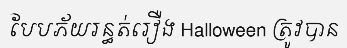
បែបភ័យរន្ធត់រឿង Halloween ត្រូវបាន